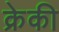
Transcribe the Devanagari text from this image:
क्रेकी